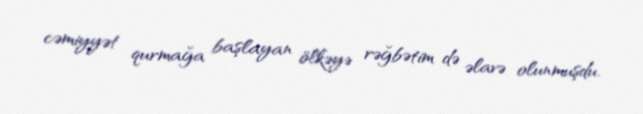
cəmiyyət qurmağa başlayan ölkəyə rəğbətim də əlavə olunmuşdu.